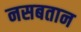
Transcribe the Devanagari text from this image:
नसबतान